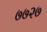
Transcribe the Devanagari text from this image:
७७२७